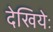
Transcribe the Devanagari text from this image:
देखियेः